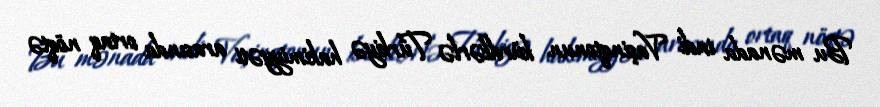
Bu mənada indi Vaşinqtonun kürdlərlə Türkiyə hakimiyyəti arasında ortaq nöqtə